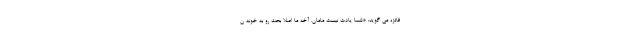
فائزه می گوید: «شما یادت نیست مامان. آخه ما اصلا بحث رو به خونه ن